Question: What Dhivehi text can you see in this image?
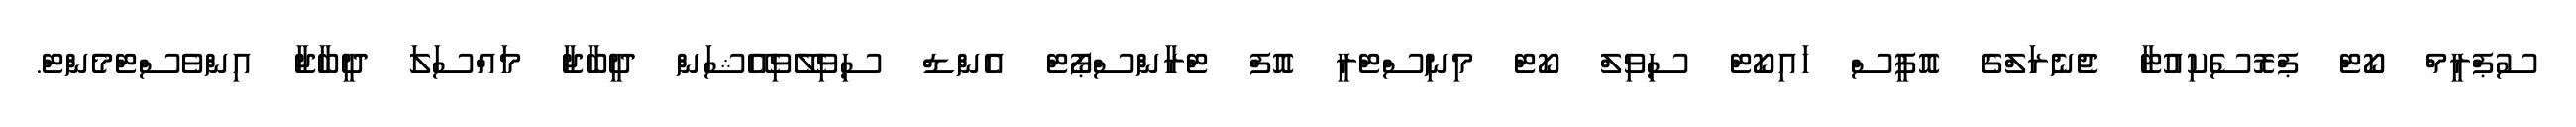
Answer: ސުޕްރީމް ކޯޓް ޕްރޮސެކިއުޓާ ޖެނެރަލްގެ އޮފީސް ހައިކޯޓް ސިވިލް ކޯޓް މިނިސްޓްރީ އޮފް ޓްރާންސްޕޯޓް އެންޑް ސިވިލޭވިއޭޝަން ދީބާޖާ މައްސަލަ ދީބާޖާ އިންވެސްޓްމެންޓް.